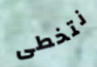
نتخطى